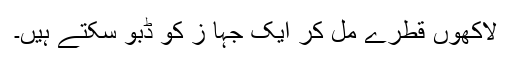
لاکھوں قطرے مل کر ایک جہا ز کو ڈبو سکتے ہیں۔